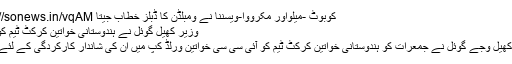
کوبوٹ -میلواور مکرووا-ویسننا نے ومبلڈن کا ڈبلز خطاب جیتا http://sonews.in/vqAM
وزیر کھیل گوئل نے ہندوستانی خواتین کرکٹ ٹیم کو نوازا
وزیر کھیل وجے گوئل نے جمعرات کو ہندوستانی خواتین کرکٹ ٹیم کو آئی سی سی خواتین ورلڈ کپ میں ان کی شاندار کارکردگی کے لئے نوازا۔